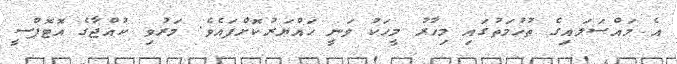
އެ މައްސަލައިގެ ތުހުމަތުގައި މިހާރު މީހަކު ވަނީ ހައްޔަރުކޮށްފައެވެ. މަރުވި ކުއްޖާގެ އޮޓޮޕްސީ